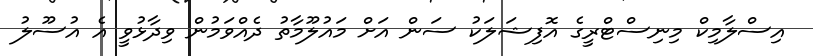
އިސްލާމިކް މިނިސްޓްރީގެ އޮފިޝަލަކު ސަން އަށް މައުލޫމާތު ދެއްވަމުން ވިދާޅުވީ އެ އުސޫލު